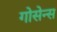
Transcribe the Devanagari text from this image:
गोसेन्स